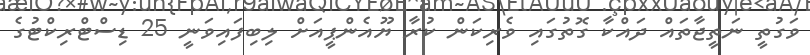
ވަގުތީ ނަތީޖާތައް ދައްކާ ގޮތުގައި ވެރިކަން ކުރާ ޔޫއެންޕީއަށް ލިބިފައިވަނީ 25 ޑިސްޓްރިކްޓުގެ